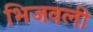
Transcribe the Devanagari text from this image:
भिजवली